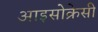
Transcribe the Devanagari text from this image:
आइसोक्रेसी